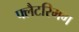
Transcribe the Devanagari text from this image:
फ्लैटरिमग